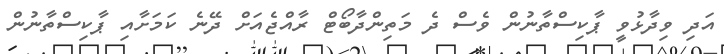
އަދި ވިދާޅުވީ ޕާކިސްތާނުން ވެސް ދެ މަތިންދާބޯޓް ރާއްޖެއަށް ދޭނެ ކަމަށާއި ޕާކިސްތާނުން